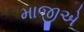
માજીએ